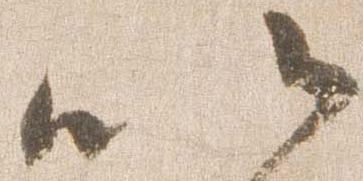
以